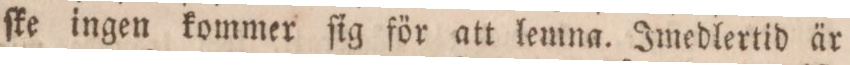
ſke ingen kommer ſig för att lemna. Imedlertid är